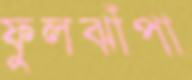
ফুলঝাঁপা